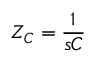
Z _ { C } = { \frac { 1 } { s C } }